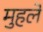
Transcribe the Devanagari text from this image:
मुहले